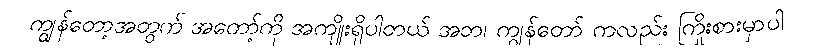
ကျွန်တော့အတွက် အတော့်ကို အကျိုးရှိပါတယ် အဘ၊ ကျွန်တော် ကလည်း ကြိုးစားမှာပါ